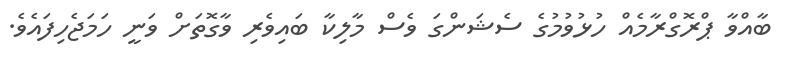
ބާއްވާ ޕްރޮގްރާމެއް ހުޅުވުމުގެ ސެޝަންގަ ވެސް މާލިކާ ބައިވެރި ވާގޮތަށް ވަނީ ހަމަޖެހިފައެވެ.